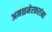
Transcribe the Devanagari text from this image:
अमळनेरकरांना